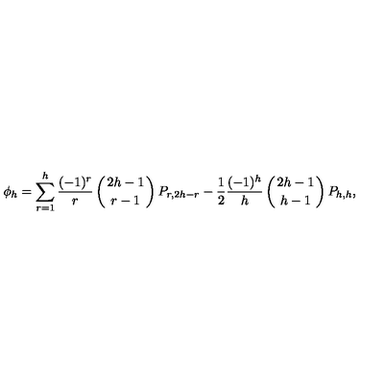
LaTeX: \phi _ { h } = \sum _ { r = 1 } ^ { h } { \frac { ( - 1 ) ^ { r } } { r } } \left( { 2 h - 1 \atop r - 1 } \right) P _ { r , 2 h - r } - { \frac { 1 } { 2 } } { \frac { ( - 1 ) ^ { h } } { h } } \left( { 2 h - 1 \atop h - 1 } \right) P _ { h , h } ,